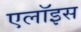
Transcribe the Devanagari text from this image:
एलॉइस